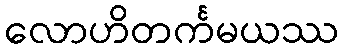
လောဟိတင်္ကမယဿ